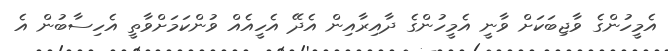
އެމީހުންގެ ވާޖިބަކަށް ވާނީ އެމީހުންގެ ދާއިރާއިން އެދޭ އެހީއެއް ވުންކަމަށްވާތީ އެހިސާބުން އެ